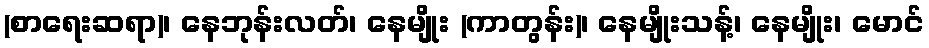
(စာရေးဆရာ)၊ နေဘုန်းလတ်၊ နေမျိုး (ကာတွန်း)၊ နေမျိုးသန့်၊ နေမျိုး၊ မောင်